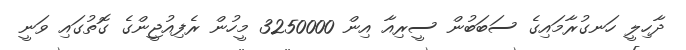
ދާހިލީ ހަނގުރާމައިގެ ސަބަބުން ސީރިއާ އިން 3250000 މީހުން ރެފިއުޖީންގެ ގޮތުގައި ވަނީ